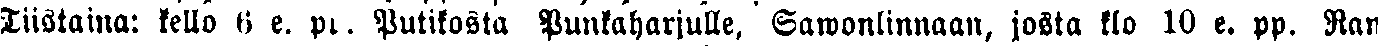
Tiistaina: kello 6 e. pp. Putikosta Punkaharjulle, Sawonlinnaan, josta klo 10 e. pp. Ran